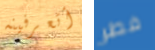
أتعرفينه فطر